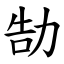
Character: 勂